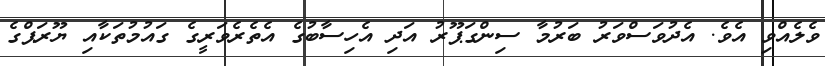
ވެލެއްވި އެވެ. އެދުވަސްވަރު ބަރުމާ ސިންގަޕޫރު އަދި އެހިސާބުގެ އެތެރެވަރީގެ ގައުމުތަކާއި ޔޫރަޕްގެ